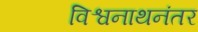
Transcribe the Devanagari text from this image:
विश्वनाथनंतर